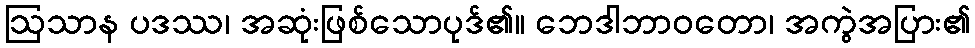
ဩသာန ပဒဿ၊ အဆုံးဖြစ်သောပုဒ်၏။ ဘေဒါဘာဝတော၊ အကွဲအပြား၏